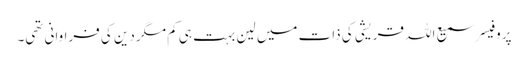
پروفیسر سمیع اللہ قریشی کی ذات میں لین بہت ہی کم مگر دین کی فراوانی تھی۔